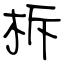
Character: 柝